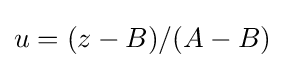
u=(z-B)/(A-B)